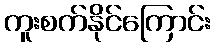
ကူးစက်နိုင်ကြောင်း